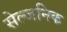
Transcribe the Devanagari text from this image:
सेल्जनिक